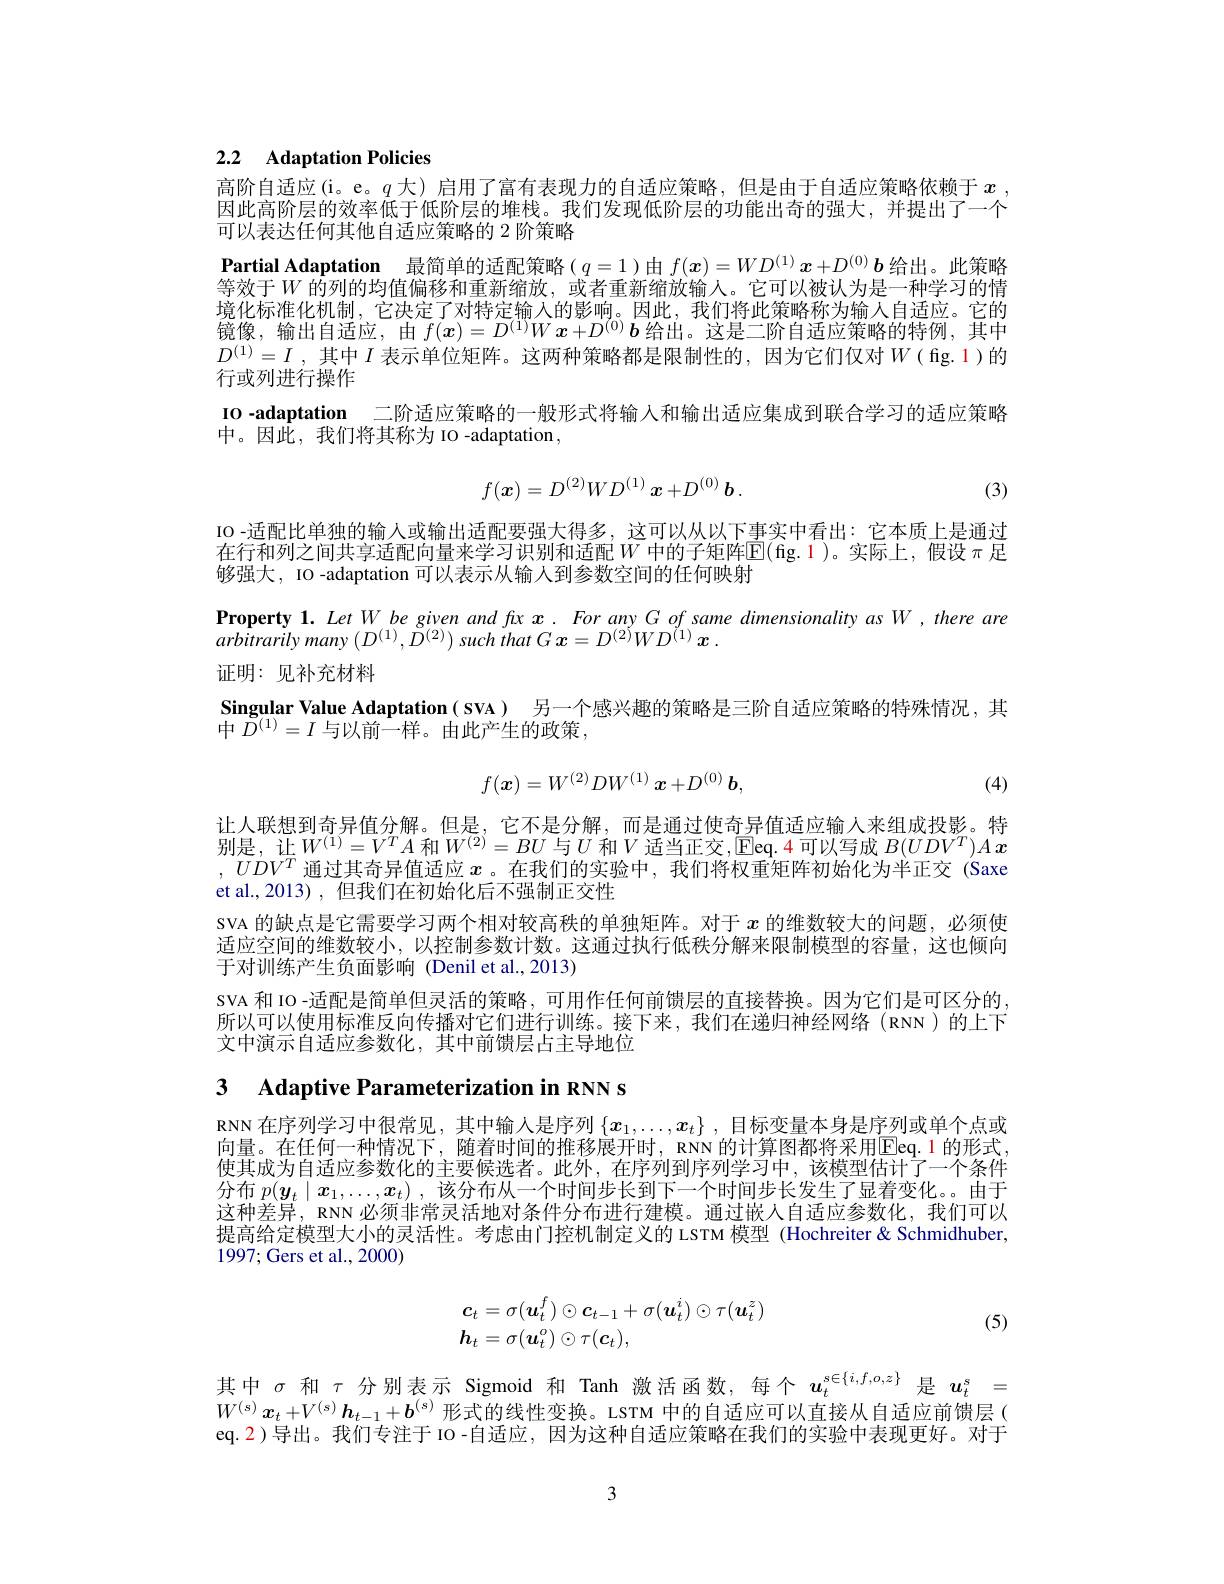
## 2.2 Adaptation Policies

高阶自适应(i。e。$q$大)启用了富有表现力的自适应策略，但是由于自适应策略依赖于 $x$ 因此高阶层的效率低于低阶层的堆栈。我们发现低阶层的功能出奇的强大，并提出了一个可以表达任何其他自适应策略的 2 阶策略
Partial Adaptation 最简单的适配策略($q=1$ )由$f(x)=WD^{(1)}x+D^{(0)}b$给出。此策略等效于$\tilde{W\text{ 的列的均值偏移和重新缩放，或者重新缩放输人。它可以被认为是一种学习的情}}$ 境化标准化机制，它决定了对特定输入的影响。因此，我们将此策略称为输人自适应。它的镜像，输出自适应，由$f(x)=D^{(1)}Wx+D^{(0)}\boldsymbol{b}$给出。这是二阶自适应策略的特例，其中$D^{( 1) }= I$ ,其中$I$表示单位矩阵。这两种策略都是限制性的，因为它们仅对$W$(fig.1)的行或列进行操作
IO -adaptation 二阶适应策略的一般形式将输入和输出适应集成到联合学习的适应策略
中。因此，我们将其称为 IO -adaptation ,
$$f(\boldsymbol{x})=D^{(2)}WD^{(1)}\boldsymbol{x}+D^{(0)}\boldsymbol{b}\:.$$
(3)

IO -适配比单独的输人或输出适配要强大得多，这可以从以下事实中看出：它本质上是通过在行和列之间共享适配向量来学习识别和适配$W$ 中的子矩阵$\mathbb{E}($fig.1 )。实际上，假设 $\pi$ 足够强大，IO -adaptation 可以表示从输入到参数空间的任何映射

Property 1. Let W be given and fax $x. \textit{ For any G of same dimensionality as W, there ares ares and be given and fax . For any G of same dimensionality as W , there ares and bis an an as bin an as bin an as bin an as bin an as bin an as bin a bin a bin a }$
arbitrarilymany $( D^{( 1) }, D^{( 2) })$ such that $G$ $x= D^{( 2) }WD^{( 1) }$ $x$ .

证明：见补充材料

Singular Value Adaptation ( SVA) 另一个感兴趣的策略是三阶自适应策略的特殊情况，其
中$D^{(1)}=I$与以前一样。由此产生的政策，
$$f(\boldsymbol{x})=W^{(2)}DW^{(1)}\boldsymbol{x}+D^{(0)}\boldsymbol{b},$$
(4)

让人联想到奇异值分解。但是，它不是分解，而是通过使奇异值适应输人来组成投影。特别是，让$W^(1)=V^TA$ 和$W^(2)=BU$ 与$U$ 和$V$ 适当正交，Eeq.4 可以写成 $B(UDV^T)Ax$ $,UDV^T$通过其奇异值适应$x$ 。在我们的实验中，我们将权重矩阵初始化为半正交(Saxe et al.,2013) , 但我们在初始化后不强制正交性
SVA 的缺点是它需要学习两个相对较高秩的单独矩阵。对于$x$的维数较大的问题，必须使适应空间的维数较小，以控制参数计数。这通过执行低秩分解来限制模型的容量，这也倾向于对训练产生负面影响 (Denil et al.,2013)
SVA 和 IO -适配是简单但灵活的策略，可用作任何前馈层的直接替换。因为它们是可区分的所以可以使用标准反向传播对它们进行训练。接下来，我们在递归神经网络(RNN)的上下文中演示自适应参数化，其中前馈层占主导地位

3 Adaptive Parameterization in RNN s

RNN 在序列学习中很常见，其中输入是序列$\{x_1,\ldots,x_t\}$ ,目标变量本身是序列或单个点或向量。在任何一种情况下，随着时间的推移展开时，RNN 的计算图都将采用Eeq.1 的形式使其成为自适应参数化的主要候选者。此外，在序列到序列学习中，该模型估计了一个条件分布$p(\boldsymbol{y}_t\mid\boldsymbol{x}_1,\ldots,\boldsymbol{x}_t)$ ,该分布从一个时间步长到下一个时间步长发生了显着变化。。由于这种差异，RNN 必须非常灵活地对条件分布进行建模。通过嵌人自适应参数化，我们可以提高给定模型大小的灵活性。考虑由门控机制定义的 LSTM 模型 (Hochreiter & Schmidhuber, 1997; Gers et al., 2000)
$$\begin{array}{l}\boldsymbol{c}_t=\sigma(\boldsymbol{u}_t^f)\odot\boldsymbol{c}_{t-1}+\sigma(\boldsymbol{u}_t^i)\odot\tau(\boldsymbol{u}_t^z)\\\boldsymbol{h}_t=\sigma(\boldsymbol{u}_t^o)\odot\tau(\boldsymbol{c}_t),\end{array}$$
(5)

其中$\sigma$和$\tau$分别表示 Sigmoid 和 Tanh 激活函数，每个$u_t^{s\in\{i,f,o,z\}}$是$u_t^s=$ $W^{(s)}\boldsymbol{x}_t+V^{(s)}\boldsymbol{h}_{t-1}+\boldsymbol{b}^{(s)}$形式的线性变换。LSTM 中的自适应可以直接从自适应前馈层( eq.2)导出。我们专注于 IO -自适应，因为这种自适应策略在我们的实验中表现更好。对于

3